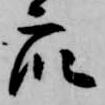
衆